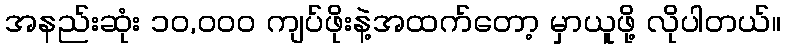
အနည်းဆုံး ၁၀,၀၀၀ ကျပ်ဖိုးနဲ့အထက်တော့ မှာယူဖို့ လိုပါတယ်။